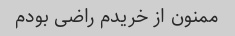
ممنون از خریدم راضی بودم